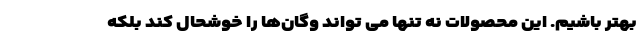
بهتر باشیم. این محصولات نه تنها می تواند وگان‌ها را خوشحال کند بلکه